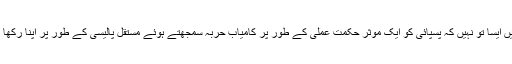
کہیں ایسا تو نہیں کہ پسپائی کو ایک موثر حکمت عملی کے طور پر کامیاب حربہ سمجھتے ہوئے مستقل پالیسی کے طور پر اپنا رکھا ہو۔